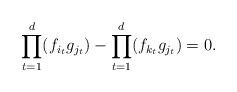
LaTeX: \begin{align*}\prod_{t=1}^d( f_{i_t} g_{j_t}) - \prod_{t=1}^d (f_{k_t} g_{j_t} )=0.\end{align*}